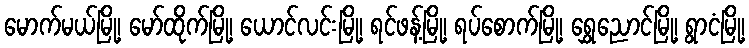
မောက်မယ်မြို့၊ မော်ထိုက်မြို့၊ ယောင်လင်းမြို့၊ ရင်ဖန့်မြို့၊ ရပ်စောက်မြို့၊ ရွှေညောင်မြို့၊ ရွာငံမြို့၊